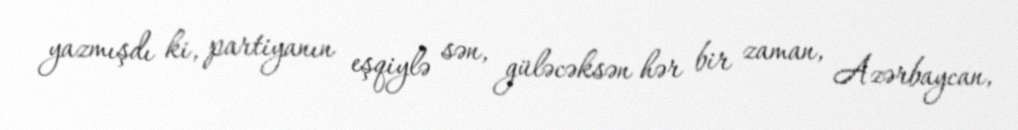
yazmışdı ki, partiyanın eşqiylə sən, güləcəksən hər bir zaman, Azərbaycan,